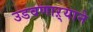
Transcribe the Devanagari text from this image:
उडवणाऱ्याने